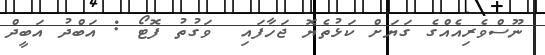
ނޫސްވެރިއެއްގެ ގަޔަށް ކަޅުތެޔޮ ޖަހާފައި  ވަގުތު ފޮޓޯ : އަބްދު އަބީދް